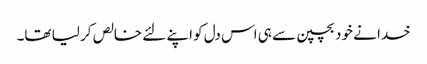
خدا نے خود بچپن سے ہی اس دل کو اپنے لئے خالص کر لیا تھا۔